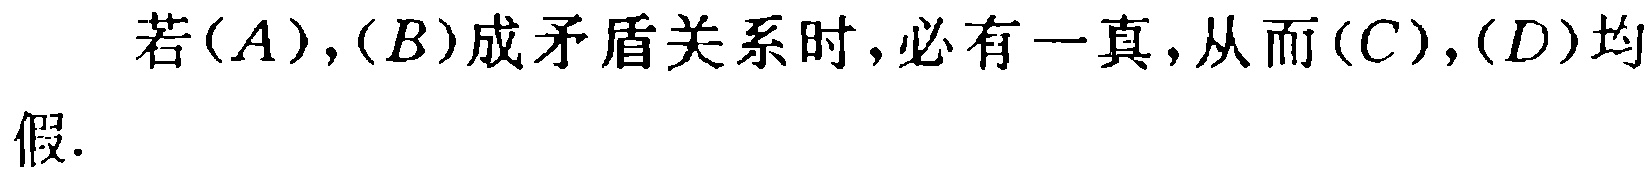
若$(A),(B)$成矛盾关系时,必有一真,从而$(C),(D)$均假.